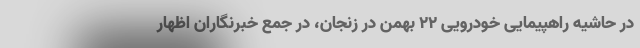
در حاشیه راهپیمایی خودرویی ۲۲ بهمن در زنجان، در جمع خبرنگاران اظهار